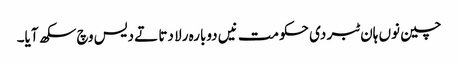
چین نوں ہان ٹبر دی حکومت نیں دوبارہ رلا دتا تے دیس وچ سکھ آیا۔